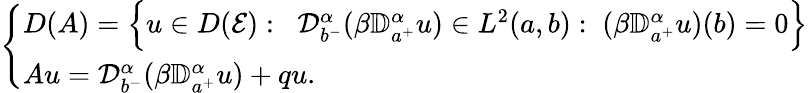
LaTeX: \left\{ \begin{array}{ll}{D(A)=\Big\{ u\in D(\mathcal E):\; \; {\mathcal D}_{b^{-}}^{\alpha}(\beta{\mathbb D}_{a^{+}}^{\alpha}u)\in L^{2}(a,b):\; (\beta{\mathbb D}_{a^{+}}^{\alpha}u)(b)=0\Big\} }\\ {Au={\mathcal D}_{b^{-}}^{\alpha}(\beta{\mathbb D}_{a^{+}}^{\alpha}u)+qu.}\end{array}\right.